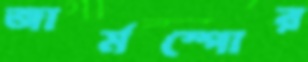
জার্মস্পোর